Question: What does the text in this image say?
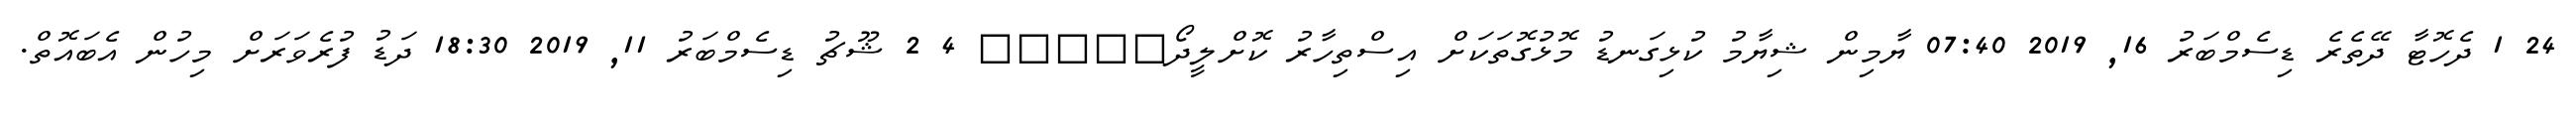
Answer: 24 1 ދެހޮޓާ ދޭތެރެ ޑިސެމްބަރު 16, 2019 07:40 ޔާމިން ޝިޔާމު ކުޅިގަނޑު މޮޅުގޮތަކަށް އިސްތިހާރު ކޮށްލީދޯ????? 4 2 ޝޫޗު ޑިސެމްބަރު 11, 2019 18:30 ދަޑު ފުރެވަރަށް މިހުން އެބައޮތް.